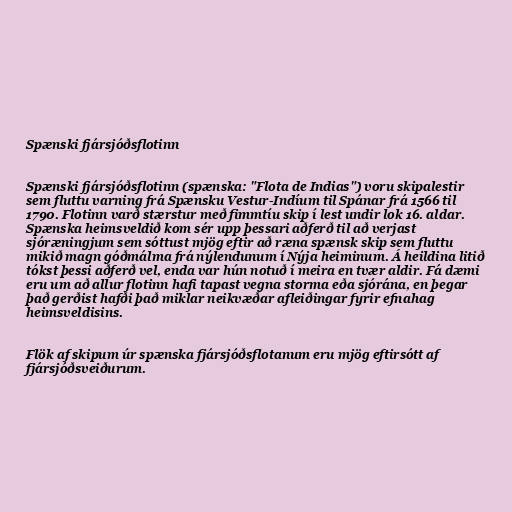
Spænski fjársjóðsflotinn

Spænski fjársjóðsflotinn (spænska: "Flota de Indias") voru skipalestir
sem fluttu varning frá Spænsku Vestur-Indíum til Spánar frá 1566 til
1790. Flotinn varð stærstur með fimmtíu skip í lest undir lok 16. aldar.
Spænska heimsveldið kom sér upp þessari aðferð til að verjast
sjóræningjum sem sóttust mjög eftir að ræna spænsk skip sem fluttu
mikið magn góðmálma frá nýlendunum í Nýja heiminum. Á heildina litið
tókst þessi aðferð vel, enda var hún notuð í meira en tvær aldir. Fá dæmi
eru um að allur flotinn hafi tapast vegna storma eða sjórána, en þegar
það gerðist hafði það miklar neikvæðar afleiðingar fyrir efnahag
heimsveldisins.

Flök af skipum úr spænska fjársjóðsflotanum eru mjög eftirsótt af
fjársjóðsveiðurum.